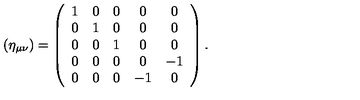
( { \eta } _ { \mu \nu } ) = \left( \begin{array} { c c c c c } { 1 } & { 0 } & { 0 } & { 0 } & { 0 } \\ { 0 } & { 1 } & { 0 } & { 0 } & { 0 } \\ { 0 } & { 0 } & { 1 } & { 0 } & { 0 } \\ { 0 } & { 0 } & { 0 } & { 0 } & { - 1 } \\ { 0 } & { 0 } & { 0 } & { - 1 } & { 0 } \\ \end{array} \right) .